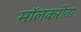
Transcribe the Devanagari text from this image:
मॉलकरीता